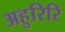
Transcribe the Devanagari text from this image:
अहुरिरि